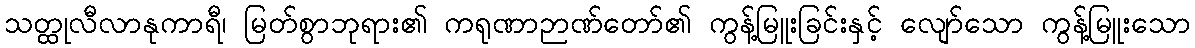
သတ္ထုလီလာနုကာရီ၊ မြတ်စွာဘုရား၏ ကရုဏာဉာဏ်တော်၏ ကွန့်မြူးခြင်းနှင့် လျော်သော ကွန့်မြူးသော